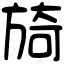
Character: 旑